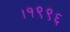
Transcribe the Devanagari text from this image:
।१९९६